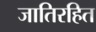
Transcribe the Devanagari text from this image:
जातिरहित